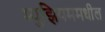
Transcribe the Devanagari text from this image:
म्युझियममधील